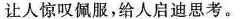
让人惊叹佩服，给人启迪思考。